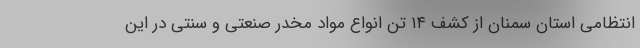
انتظامی استان سمنان از کشف ۱۴ تن انواع مواد مخدر صنعتی و سنتی در این